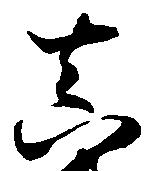
真